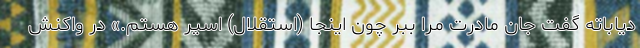
دیاباته گفت جان مادرت مرا ببر چون اینجا (استقلال) اسیر هستم.» در واکنش